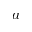
a